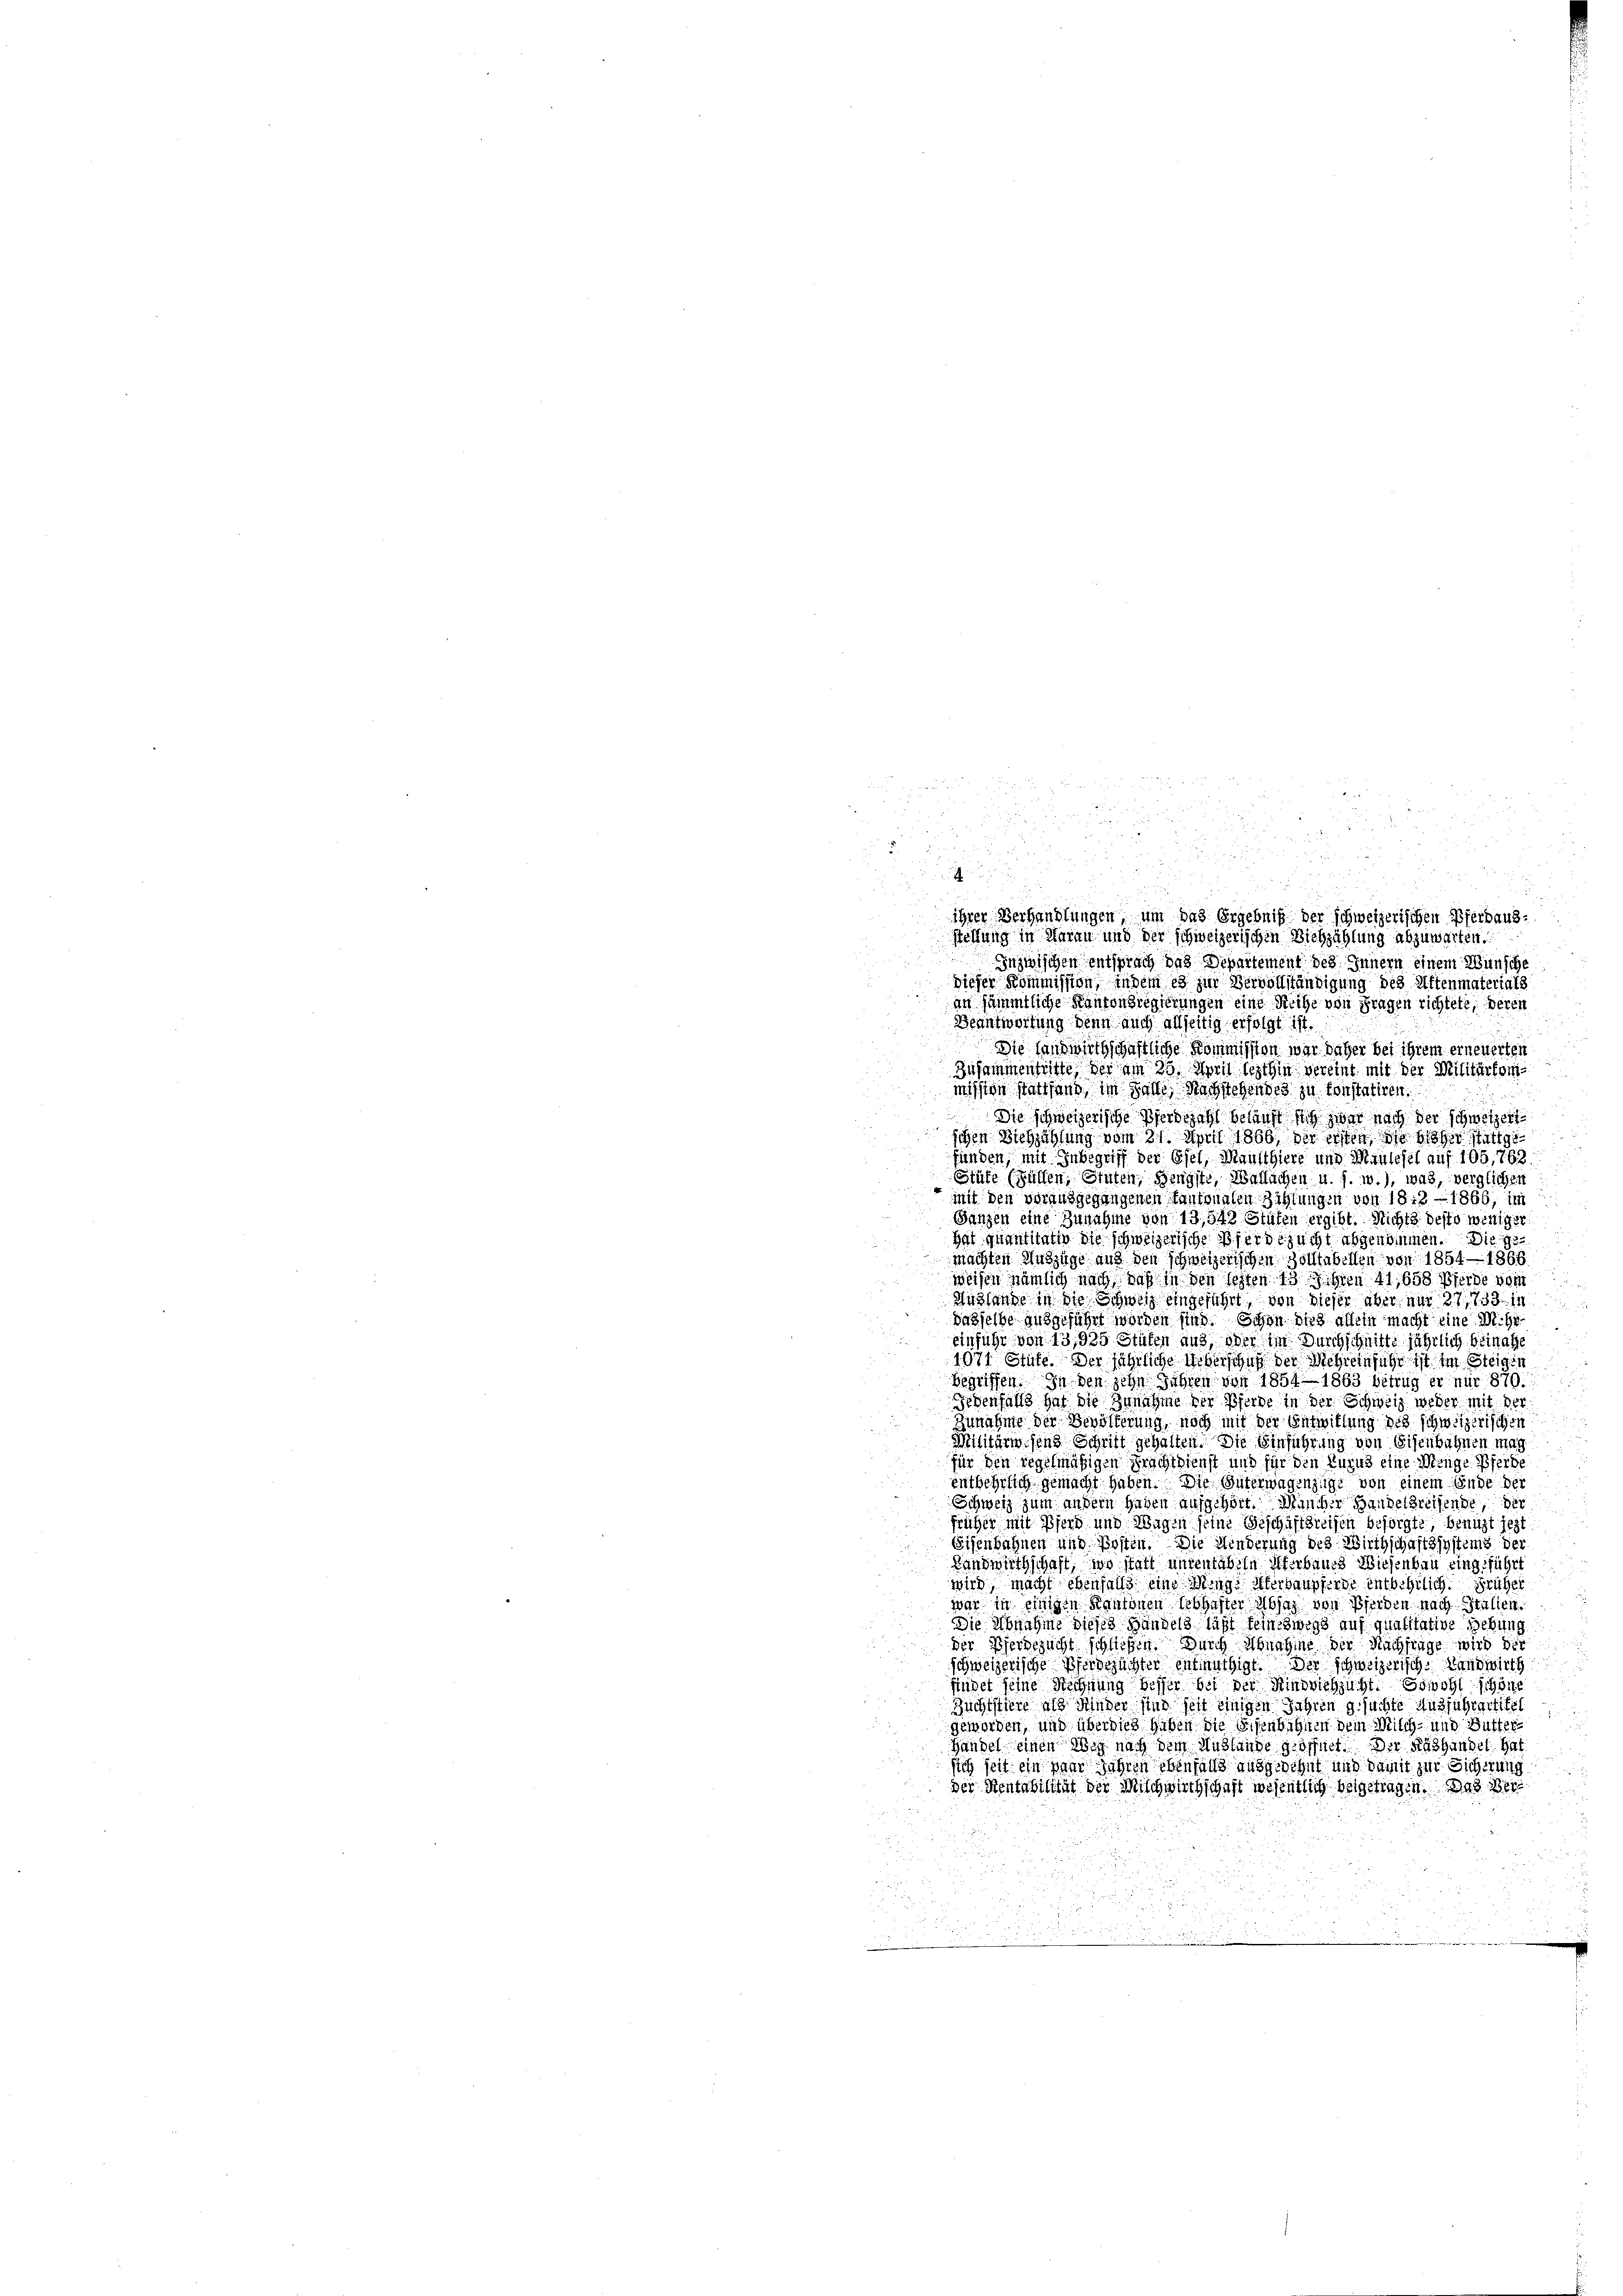
u

11 n 2
i

F
ihrer Verhandlungen, um das Ergebniß der schweizerischen Pferbaus-
stellung in Harau und der schweizerischen Viehzählung abzuwarten.
Inzwischen entsprach das Departement des Innern einem Wünsche
dieser Kommission, indem es zur Vervollständigung des Affenmaterials
an sämmtliche Kantonsregierungen eine Reihe von Fragen richtete, deren
Beantwortung denn auch allseitig erfolgt ist.
Die Handwirthschaftliche Kommission war daher bei ihrem erneuerten
Zusammenfüllte der am 25. April lezthin vereint mit der Militärkommission stattfand, im Falle Nachstehendes zu konstatiren.
Die schweizerische Pferdezahl beläuft sich zwar nach der schweizert
sigen Siehzählung vom 31. April 1866, der ersten, die bisher stattgefünden, mit Inbegriff der Esel, Mausthiere und Maulefel auf 105,762
Stäte (Füllen, Stuten, Hengste, Wallachen u. s. w.), was, verglichen
mit den vorausgegangenen Cantonalen Zählungen von 1812 - 1866, im
Ganzen eine Zunahme von 13,542 Stufen ergibt. Nichts desto weniger
Hat quantitatio die schweizerische Pferdezucht abgenommen. Die g
machten Auszüge aus den schweizerischen Zolltabellen von 1854—1866
weisen nämlich nach daß in den lezten 13 Jahren 11,658 Pferde vom
Auslande in die Schweiz eingeführt, von dieser aber nur 27, 133 in
dasselbe ausgeführt worden sind. Schon dies allein macht eine Mehreinführ von 13,925 Stuten aus, oder im Durchschnitte jährlich beinahe
1071 Stute. Der jährliche Ueberschuß der Mehreinfuhr ist im Steigen
begriffen. In den zehn Jahren von 1854—1863 betrug er nur 870
Jedenfalls hat die Zunahme der Pferde in der Schweiz weder mit der
Zunahme der Bevölkerung, noch mit der Entwillung des schweizerischen
Militärwesend Schrift gehalten. Die Einführung von Eisenbahnen mag
für den regelmäßigen Prachtdienst und für den kuend eine Menge Pferde
entbehrlich gemacht haben. Die Güterwagenzüge von einem Ende der
Schweiz zum andern haben angehört. Müncher Handelsreisende, der
früher mit Pferd und Wagen seine Geschäftsrechen besorgte benuzt jezt
Eisenbahnen und Kosten. Die Minderung des Wirthschaftssystems de
Landwirthschaft, wo statt unterlasste Sterbaues Wiesenbau eingeführt
wird, macht ebenfalls eine Rings Verbaupferde entbehrlich. Früher
war in einigen Kantonen lebhafter Absag von Pferden nach Italien
Die Abnahme dieses Handels läßt seineswegs auf qualitative gebung
Der Pferdezucht schließen. Durch Abnahme der Nachfrage wird die
schweizerische Pferdezüchter entmuthigt. Der schweizerische Landwirth
findet seine Rechnung besser bei der Rindviehzucht. Sowohl schöne
Zuchtstiere als Minder sind seit einigen Jahren gesuchte Ausfuhrartitel
geworden, und überdies haben die Eisenbahnen dem Milch- und Butter
Handel einen Weg nach dem Mühlende geöffnet. Der Käshandel. Ha
sich seit ein paar Jahren ebenfalls ausgedehnt und damit zur Sicherung
der Stentabilität der Mischwirthschaft wesentlich beigetragen. Das Ver

.